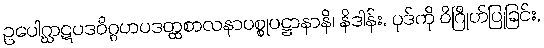
ဥပေါဂ္ဃာဋပဒဝိဂ္ဂဟပဒတ္ထစာလနာပစ္စုပဋ္ဌာနာနိ၊ နိဒါန်း, ပုဒ်ကို ဝိဂြိုဟ်ပြုခြင်း,